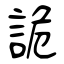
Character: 詭